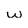
Character: w